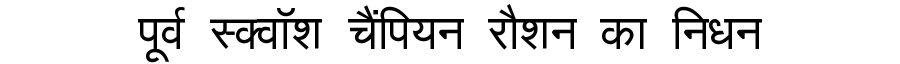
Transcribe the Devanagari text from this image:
पूर्व स्क्वॉश चैंपियन रौशन का निधन